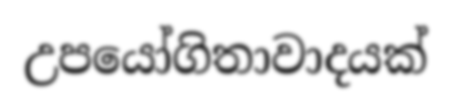
උපයෝගිතාවාදයක්